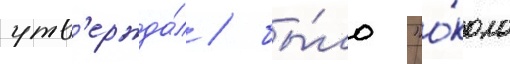
утв'ержда́л / бы́ло "о́коло